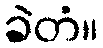
ခဲတံ။